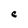
Character: C